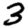
Digit: 3